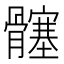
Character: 𮪵